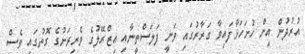
އުރުދުން އިން ހުށަހަޅާފައިވާ ގަރާރުގައި ވަނީ ފަލަސްތީނާއި އިޒްރޭލުގެ ވެރިރަށުގެ ގޮތުގައި ވެސް